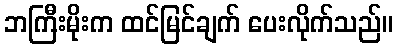
ဘကြီးမိုးက ထင်မြင်ချက် ပေးလိုက်သည်။